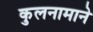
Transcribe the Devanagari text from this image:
कुलनामाने